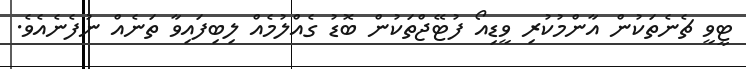
ޓީވީ ޗެނެތަކުން އާންމުކުރި ވީޑިއޯ ފުޓޭޖްތަކުން ބޮޑު ގެއްލުމެއް ލިބިފައިވާ ތަނެއް ނުފެނެއެވެ.